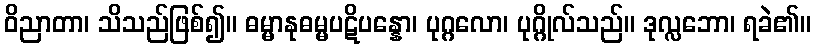
ဝိညာတာ၊ သိသည်ဖြစ်၍။ ဓမ္မာနုဓမ္မပဋိပန္နော၊ ပုဂ္ဂလော၊ ပုဂ္ဂိုလ်သည်။ ဒုလ္လဘော၊ ရခဲ၏။